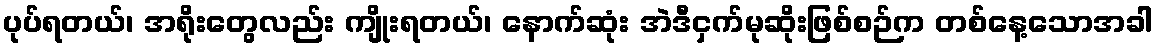
ပုပ်ရတယ်၊ အရိုးတွေလည်း ကျိုးရတယ်၊ နောက်ဆုံး အဲဒီငှက်မုဆိုးဖြစ်စဉ်က တစ်နေ့သောအခါ